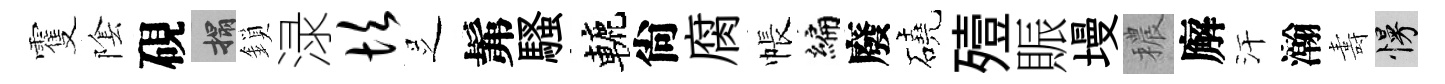
䨥隂硯搨鎖渌坎𠯁髴騷轆尙腐帳编廢磽殪賑墁穠廨汗瀚夀慢